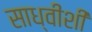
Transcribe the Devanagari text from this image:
साध्वीशी